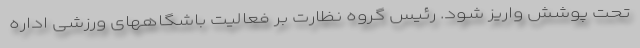
تحت پوشش واریز شود. رئیس گروه نظارت بر فعالیت باشگاههای ورزشی اداره